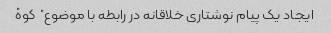
ایجاد یک پیام نوشتاری خلاقانه در رابطه با موضوع "کوه"